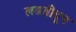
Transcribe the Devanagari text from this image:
लढतीतून